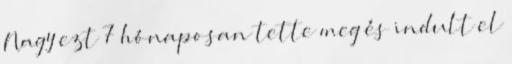
Nagy ezt 7 hónaposan tette meg és indult el